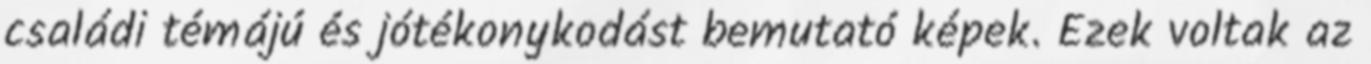
családi témájú és jótékonykodást bemutató képek. Ezek voltak az